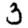
Digit: 3